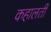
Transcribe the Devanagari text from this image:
कहालती